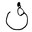
Letter: _fa